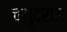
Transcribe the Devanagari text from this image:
चंमुदराज